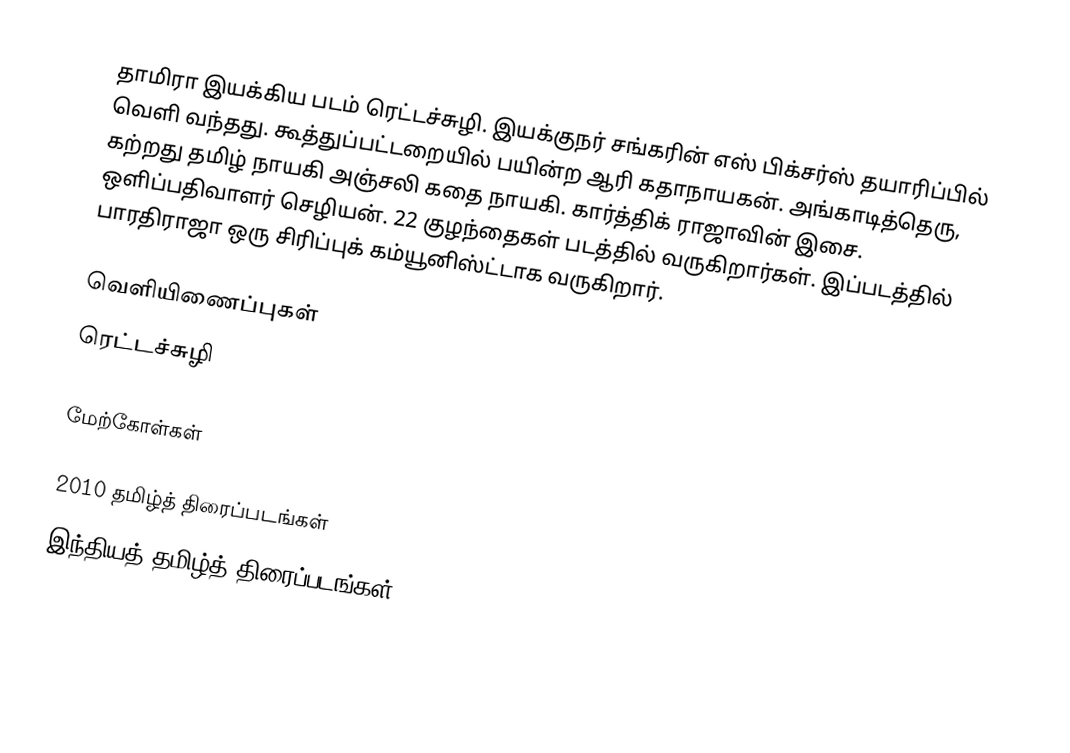
தாமிரா இயக்கிய படம் ரெட்டச்சுழி. இயக்குநர் சங்கரின் எஸ் பிக்சர்ஸ் தயாரிப்பில் வெளி வந்தது. கூத்துப்பட்டறையில் பயின்ற ஆரி கதாநாயகன். அங்காடித்தெரு, கற்றது தமிழ் நாயகி அஞ்சலி கதை நாயகி. கார்த்திக் ராஜாவின் இசை. ஒளிப்பதிவாளர் செழியன். 22 குழந்தைகள் படத்தில் வருகிறார்கள். இப்படத்தில் பாரதிராஜா ஒரு சிரிப்புக் கம்யூனிஸ்ட்டாக வருகிறார்.

வெளியிணைப்புகள்
ரெட்டச்சுழி

மேற்கோள்கள்

2010 தமிழ்த் திரைப்படங்கள்
இந்தியத் தமிழ்த் திரைப்படங்கள்